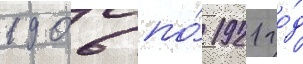
1906 по́ 1921 го́д